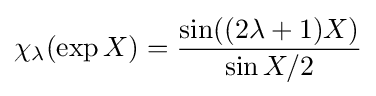
\chi _{\lambda }(\exp X)={\frac {\sin((2\lambda +1)X)}{\sin X/2}}